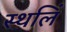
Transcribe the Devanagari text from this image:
स्थलिं